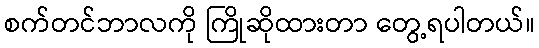
စက်တင်ဘာလကို ကြိုဆိုထားတာ တွေ့ရပါတယ်။